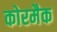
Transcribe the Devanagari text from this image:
कोरमैक